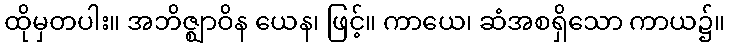
ထိုမှတပါး။ အဘိဇ္ဈာဝိန ယေန၊ ဖြင့်။ ကာယေ၊ ဆံအစရှိသော ကာယ၌။